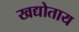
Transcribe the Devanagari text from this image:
खद्योताय